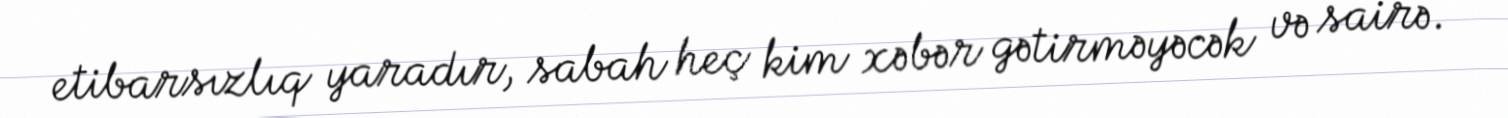
etibarsızlıq yaradır, sabah heç kim xəbər gətirməyəcək və sairə.